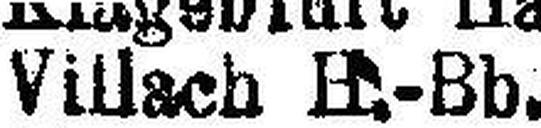
Villach H.-Bb.